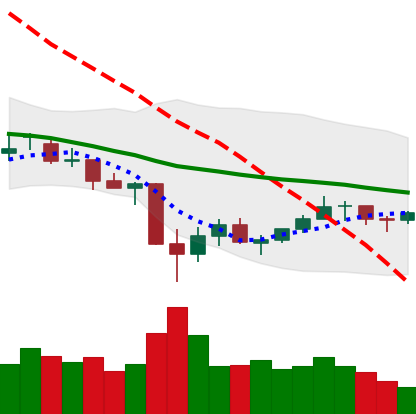
Ticker: LTC-USD
Chart end date: 2021-07-03
Forward return: -5.682%
Label: down_5_7